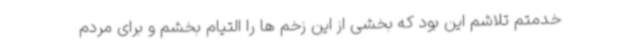
خدمتم تلاشم این بود که بخشی از این زخم ها را التیام بخشم و برای مردم